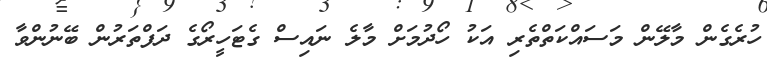
ހުރެގެން މާލޭން މަސައްކަތްތެރި އަކު ހޯދުމަށް މާލެ ނައިސް ގެޓަހީރޯގެ ދަފްތަރުން ބޭނުންވާ